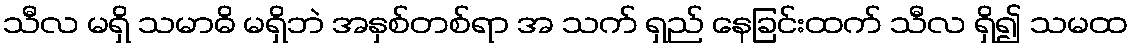
သီလ မရှိ သမာဓိ မရှိဘဲ အနှစ်တစ်ရာ အ သက် ရှည် နေခြင်းထက် သီလ ရှိ၍ သမထ